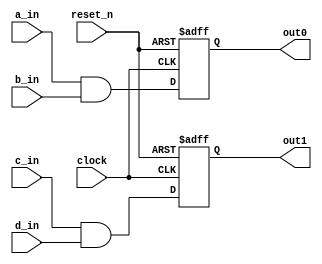
// DEFINES
`define BITS 2         // Bit width of the operands

module 	bm_if_reset(clock, 
		reset_n, 
		a_in, 
		b_in,
		c_in, 
		d_in, 
		out0,
		out1);

// SIGNAL DECLARATIONS
input	clock;
input 	reset_n;

input [`BITS-1:0] a_in;
input [`BITS-1:0] b_in;
input c_in;
input d_in;

output [`BITS-1:0] out0;
output  out1;

reg [`BITS-1:0]    out0;
reg     out1;

wire [`BITS-1:0] temp_a;

a top_a(clock, a_in, temp_a);

always @(posedge clock or negedge reset_n)
begin
	if (reset_n == 1'b0)
	begin
		out0 <= 2'b00;
		out1 <= 1'b0;
	end
	else
	begin
		out0 <= a_in & b_in;
		out1 <= c_in & d_in;
	end
end

endmodule

/*---------------------------------------------------------*/
module a(clock,
		a_in,
		out);

input	clock;
input [`BITS-1:0] a_in;
output [`BITS-1:0] out;
reg [`BITS-1:0] out;

always @(posedge clock)
begin
	case (a_in)
		2'b00: out <= 2'b11 ;
		2'b01: out <= 2'b10 ;
		2'b10: out <= 2'b01 ;
		2'b11: out <= 2'b00 ;
	endcase
end

endmodule